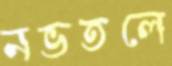
নভতলে